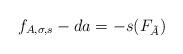
LaTeX: \begin{align*} f_{A,\sigma,s} - da= -s(F_{\tilde A}) \end{align*}